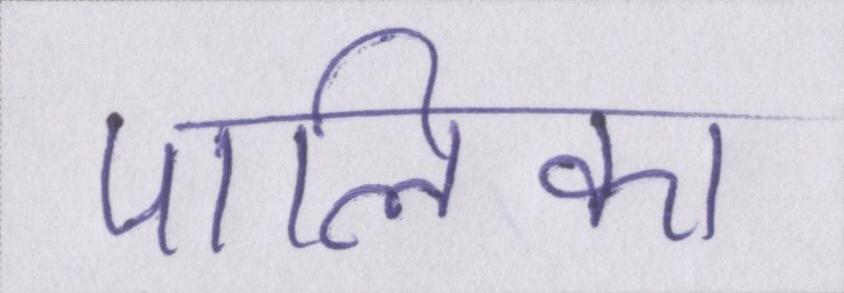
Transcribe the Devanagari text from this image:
पालिका